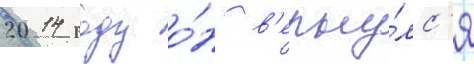
2014 году о́н в'ерну́лс'я